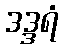
ဒဒ္ဒရံ